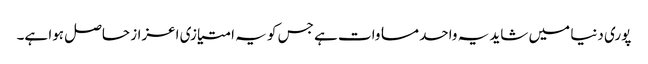
پوری دنیا میں شاید یہ واحد مساوات ہے جس کو یہ امتیازی اعزاز حاصل ہوا ہے۔